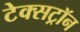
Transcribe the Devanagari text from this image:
टेक्सट्रॉन